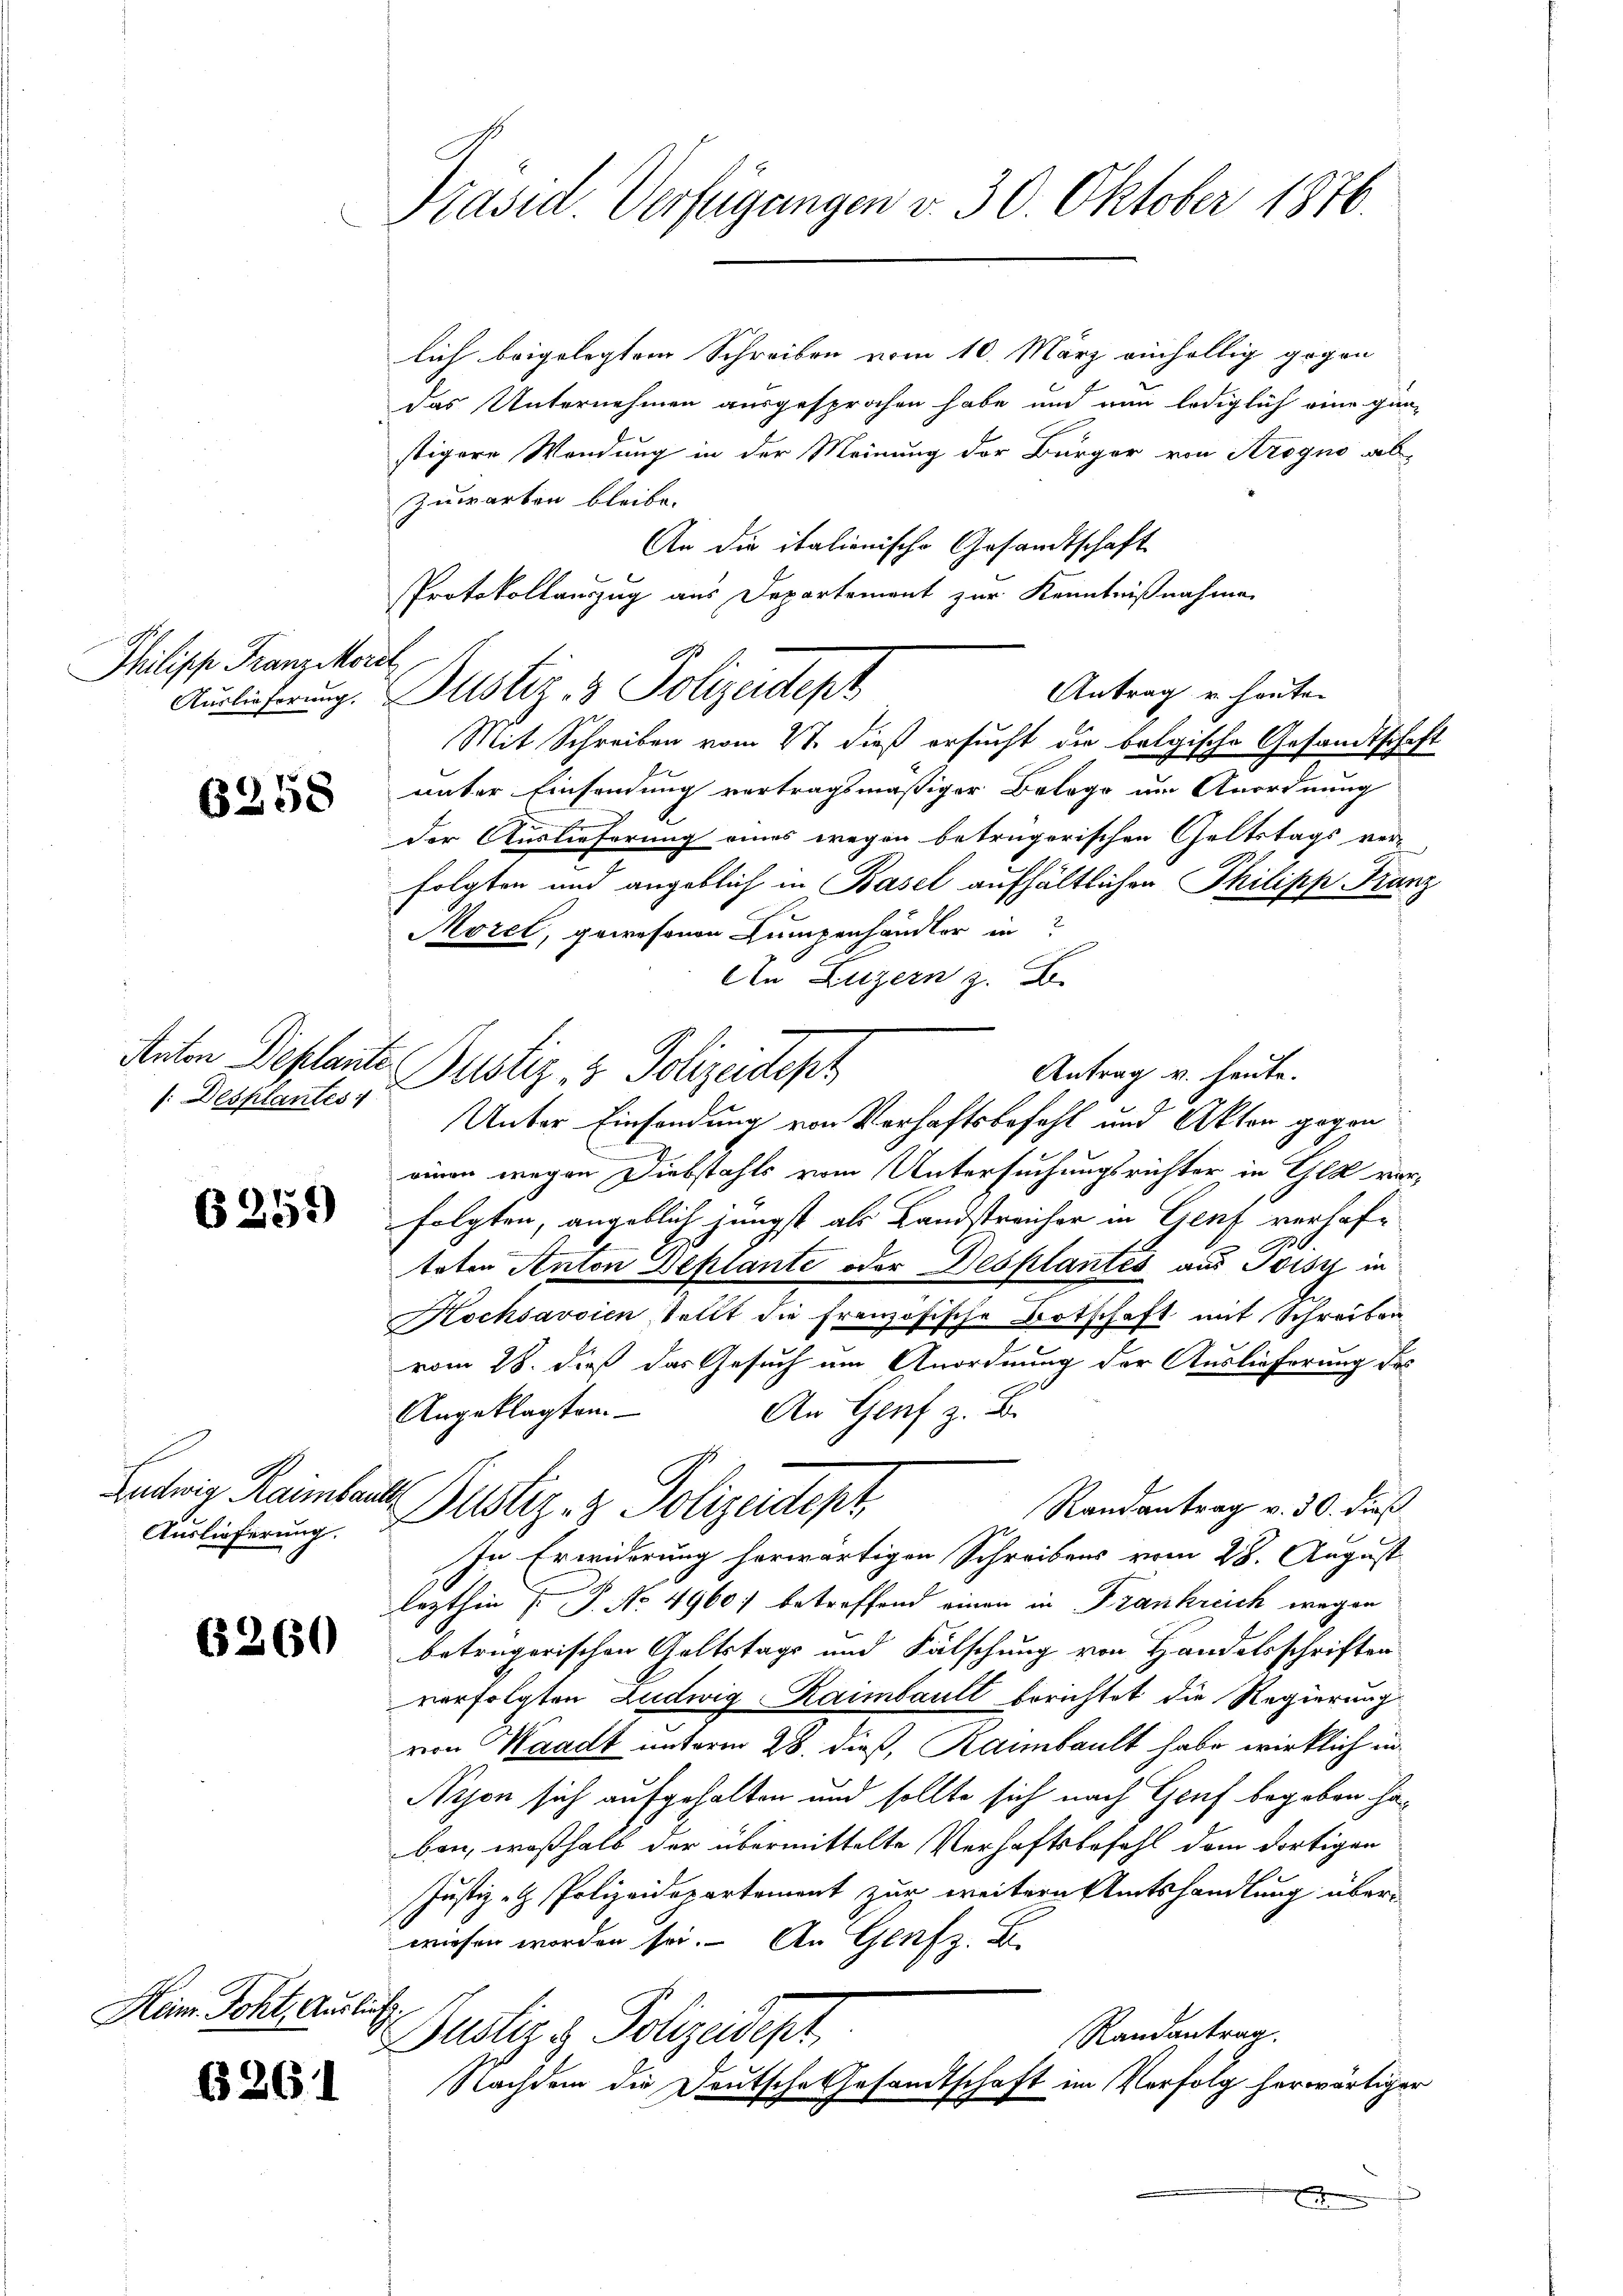
Philipp Franziko
Auslieferung.

6258

s: Desplantes

6259)

Ludwig Raimber
Auslieferung.

6260

Heim. Jcht. Auslief.

6261

Präsid Verfügungen v. 30 Oktober 1876.

lich beigelegtem Schreiben vom 10. März einhellig gegen
das Unternehmen ausgesprochen habe und nun lediglich eine gan-
stigere Wendung in der Meinung der Bürger von Krogno ab-
Zuwarten bleibe.
An die italienische Gesandtschaft
Protokollauszug aus Departement zur Kenntnißnahme
cch
Antrag u. heuten
Mit Schreiben vom 27. dieß ersucht die belgische Gesandtschaf
unter Einsendung vertragsmäßiger Belege um Anordnung
Der Auslieferung eines wegen betrügerischen Geltstags ver-
folgten und angeblich in Basel aufhältlichen Philipp Fran
Morel, gewesenen Lumpenhändler in
An Luzern z. B.
Antrag v. heute.
Unter Einsendung von Verhaftsbefehl und Akten gegen
einen wegen Diebstahls vom Untersuchungsrichter in Gla verfolgten, angeblich jüngst als Landstreicher in Genf verhaf-
0
toten Anton Deplante oder Desplantes aus Joisz in
Kochsavoien stellt die französische Botschaft mit Schreiben
vom 28. dieß das Gesuch um Anordnung der Auslieferung des
Angeklagten.
An Genf z. B.
A
Randantrag v. 30. dieß
Justiz- & Polizeidept
In Erwiderung herwärtigen Schreibens vom 28. August
lezthin  P. No 4960 betreffend einen in Frankreich wegen
betrügerischen Geltstags und Fälschung von Handelsschriften
verfolgten Ludwig Raimbault berichtet die Regierung
von Waadt unterm 28. dieß, Rammbault habe wirklich in
Nijon sich aufgehalten und sollte sich nach Genf begeben haben, weßhalb der übermittelte Verhaftsbefehl dem dortigen
Justiz- & Polizeidepartement zur weitern Amtshandlung über-
wiesen worden sei. An Genf z. B.
Randantrag.
Justiz & Polizeidept
Nachdem die Deutsche Gesandtschaft im Verfolg herwärtiger
f

Auten Deplante Justiz & Polizeidest

Justiz- & Polizeidept